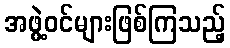
အဖွဲ့ဝင်များဖြစ်ကြသည့်